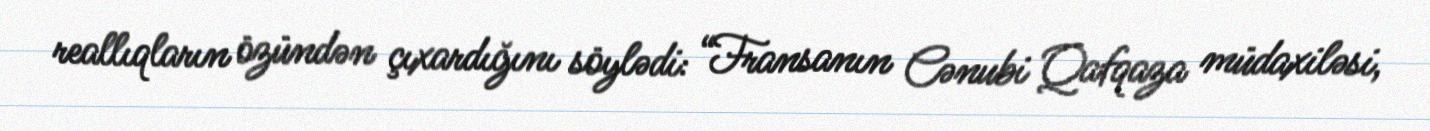
reallıqların özündən çıxardığını söylədi: “Fransanın Cənubi Qafqaza müdaxiləsi,